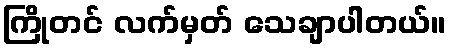
ကြိုတင် လက်မှတ် သေချာပါတယ်။